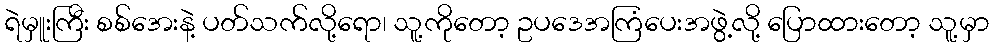
ရဲမှူးကြီး စစ်အေးနဲ့ ပတ်သက်လို့ရော၊ သူ့ကိုတော့ ဥပဒေအကြံပေးအဖွဲ့လို့ ပြောထားတော့ သူ့မှာ